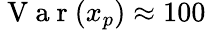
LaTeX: \mathrm{~V~a~r~}(x_{p})\approx 100